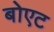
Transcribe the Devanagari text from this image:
बोएट